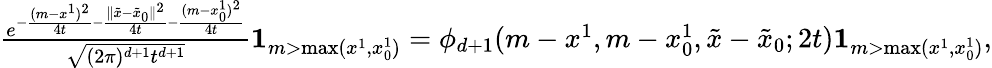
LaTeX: \begin{array}{r}{\frac{e^{-\frac{(m-x^{1})^{2}}{4t}-\frac{\| \tilde{x}-\tilde{x}_{0}\| ^{2}}{4t}{-\frac{(m-x_{0}^{1})^{2}}{4t}}}}{\sqrt{(2\pi)^{d+1}{t^{d+1}}}}{\mathbf 1}_{m>\operatorname*{max}(x^{1},x_{0}^{1})}=\phi_{d+1}(m-x^{1},m-x_{0}^{1},\tilde{x}-\tilde{x}_{0};2t){\mathbf 1}_{m>\operatorname*{max}(x^{1},x_{0}^{1})},}\end{array}